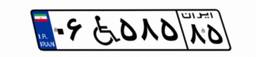
۰۶W۵۸۵۸۵